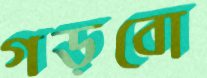
গড়বো